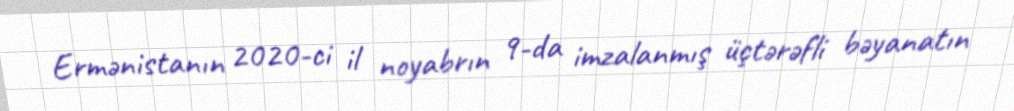
Ermənistanın 2020-ci il noyabrın 9-da imzalanmış üçtərəfli bəyanatın